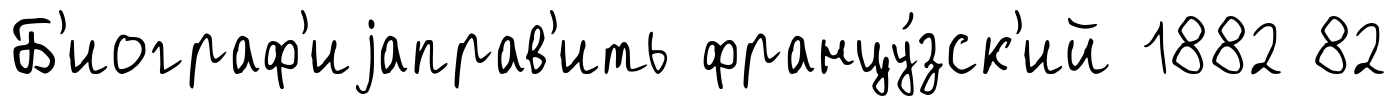
Б'иограф'иjаправ'ить францу́зск'ий 1882 82